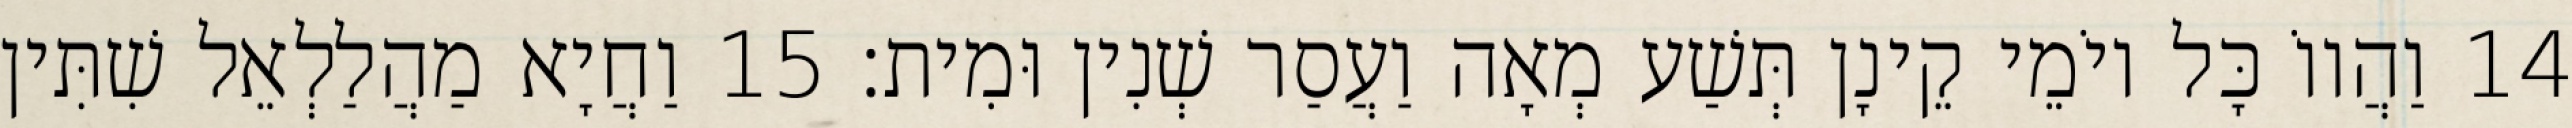
14 וַהֲווֹ כָּל יוֹמֵי קֵינָן תְּשַׁע מְאָה וַעֲסַר שְׁנִין וּמִית׃ 15 וַחֲיָא מַהֲלַלְאֵל שִׁתִּין